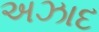
અઝાદ